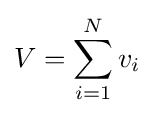
V=\sum \limits _{i=1}^{N}{v_{i}}